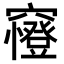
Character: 𥨰